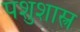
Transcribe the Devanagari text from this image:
पशुशास्त्र